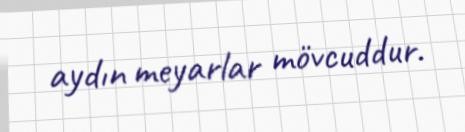
aydın meyarlar mövcuddur.